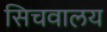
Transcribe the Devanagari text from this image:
सिचवालय